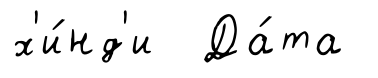
х'и́нд'и Да́та